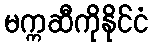
မက္ကဆီကိုနိုင်ငံ